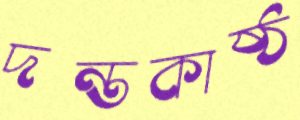
দন্তকাষ্ঠ